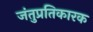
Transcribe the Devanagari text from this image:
जंतुप्रतिकारक